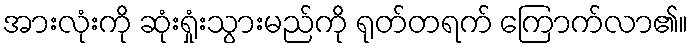
အားလုံးကို ဆုံးရှုံးသွားမည်ကို ရုတ်တရက် ကြောက်လာ၏။